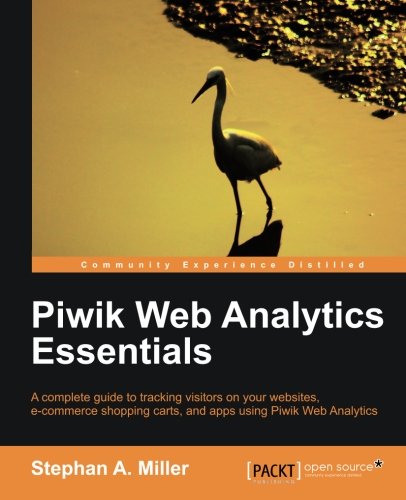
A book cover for Piwik Web Analytics Essentials; Stephan A.Miller; Computers & Technology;